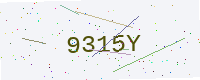
Text: 9315Y